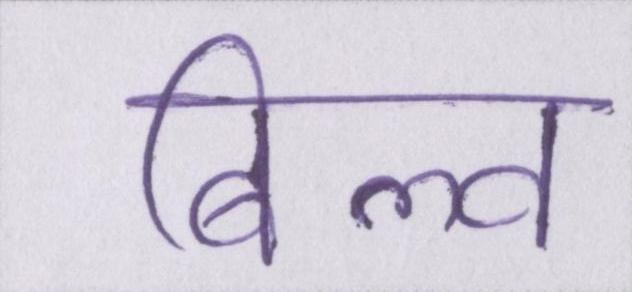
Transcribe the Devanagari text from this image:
बिल्व